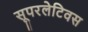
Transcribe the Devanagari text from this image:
सूपरलेटिवस